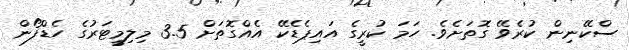
ސްކޭނިން ކުރެވޭ ގޮތަށެވެ. ހަމަ ކުރީގެ އައިޕެޑެކޭ އެއްގޮތަށް 3.5 މިލިމީޓަރުގެ ހެޑްފޯން